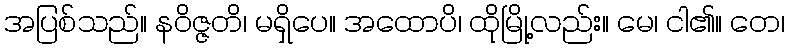
အပြစ်သည်။ နဝိဇ္ဇတိ၊ မရှိပေ။ အထောပိ၊ ထိုမြို့လည်း။ မေ၊ ငါ၏။ တေ၊